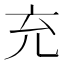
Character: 充